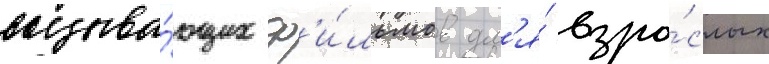
вызыва́ющих ф'и́льмов дл'я́ взро́слых